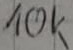
Text: 10k